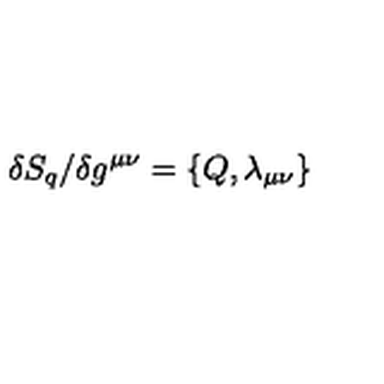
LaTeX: \delta S _ { q } / \delta g ^ { \mu \nu } = \{ Q , \lambda _ { \mu \nu } \}